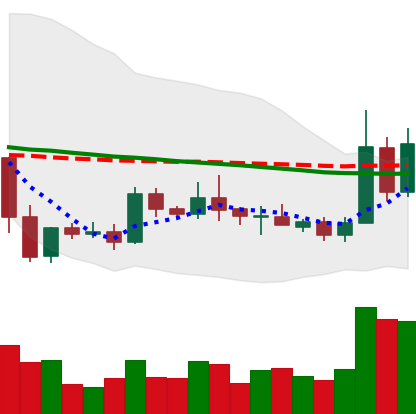
Ticker: XRP-USD
Chart end date: 2019-05-13
Forward return: 14.521%
Label: up_7plus